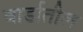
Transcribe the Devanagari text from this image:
वार्डातील